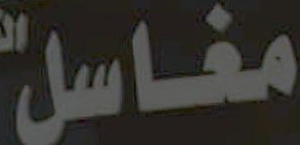
مغاسل